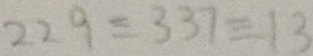
2 2 9 \equiv 3 3 7 \equiv 1 3